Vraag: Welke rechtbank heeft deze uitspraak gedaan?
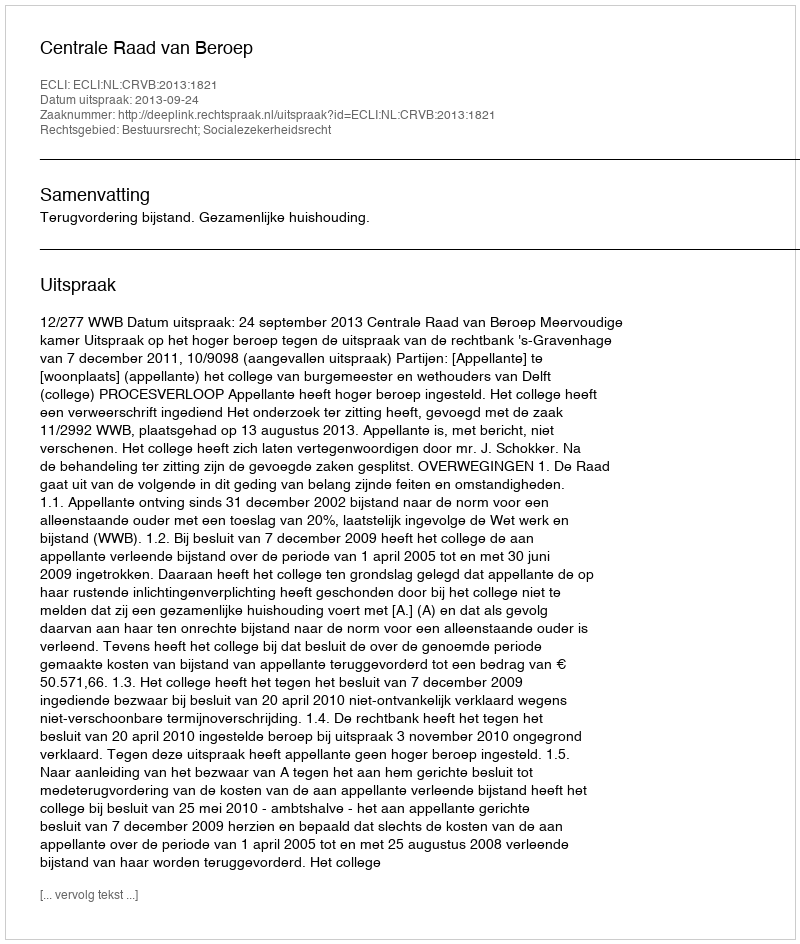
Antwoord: Centrale Raad van Beroep